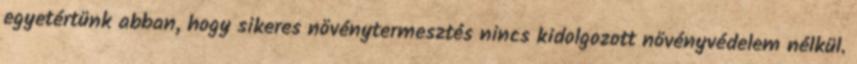
egyetértünk abban, hogy sikeres növénytermesztés nincs kidolgozott növényvédelem nélkül.